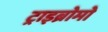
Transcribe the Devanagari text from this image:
ट्राइब्रोमो